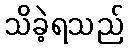
သိခဲ့ရသည်